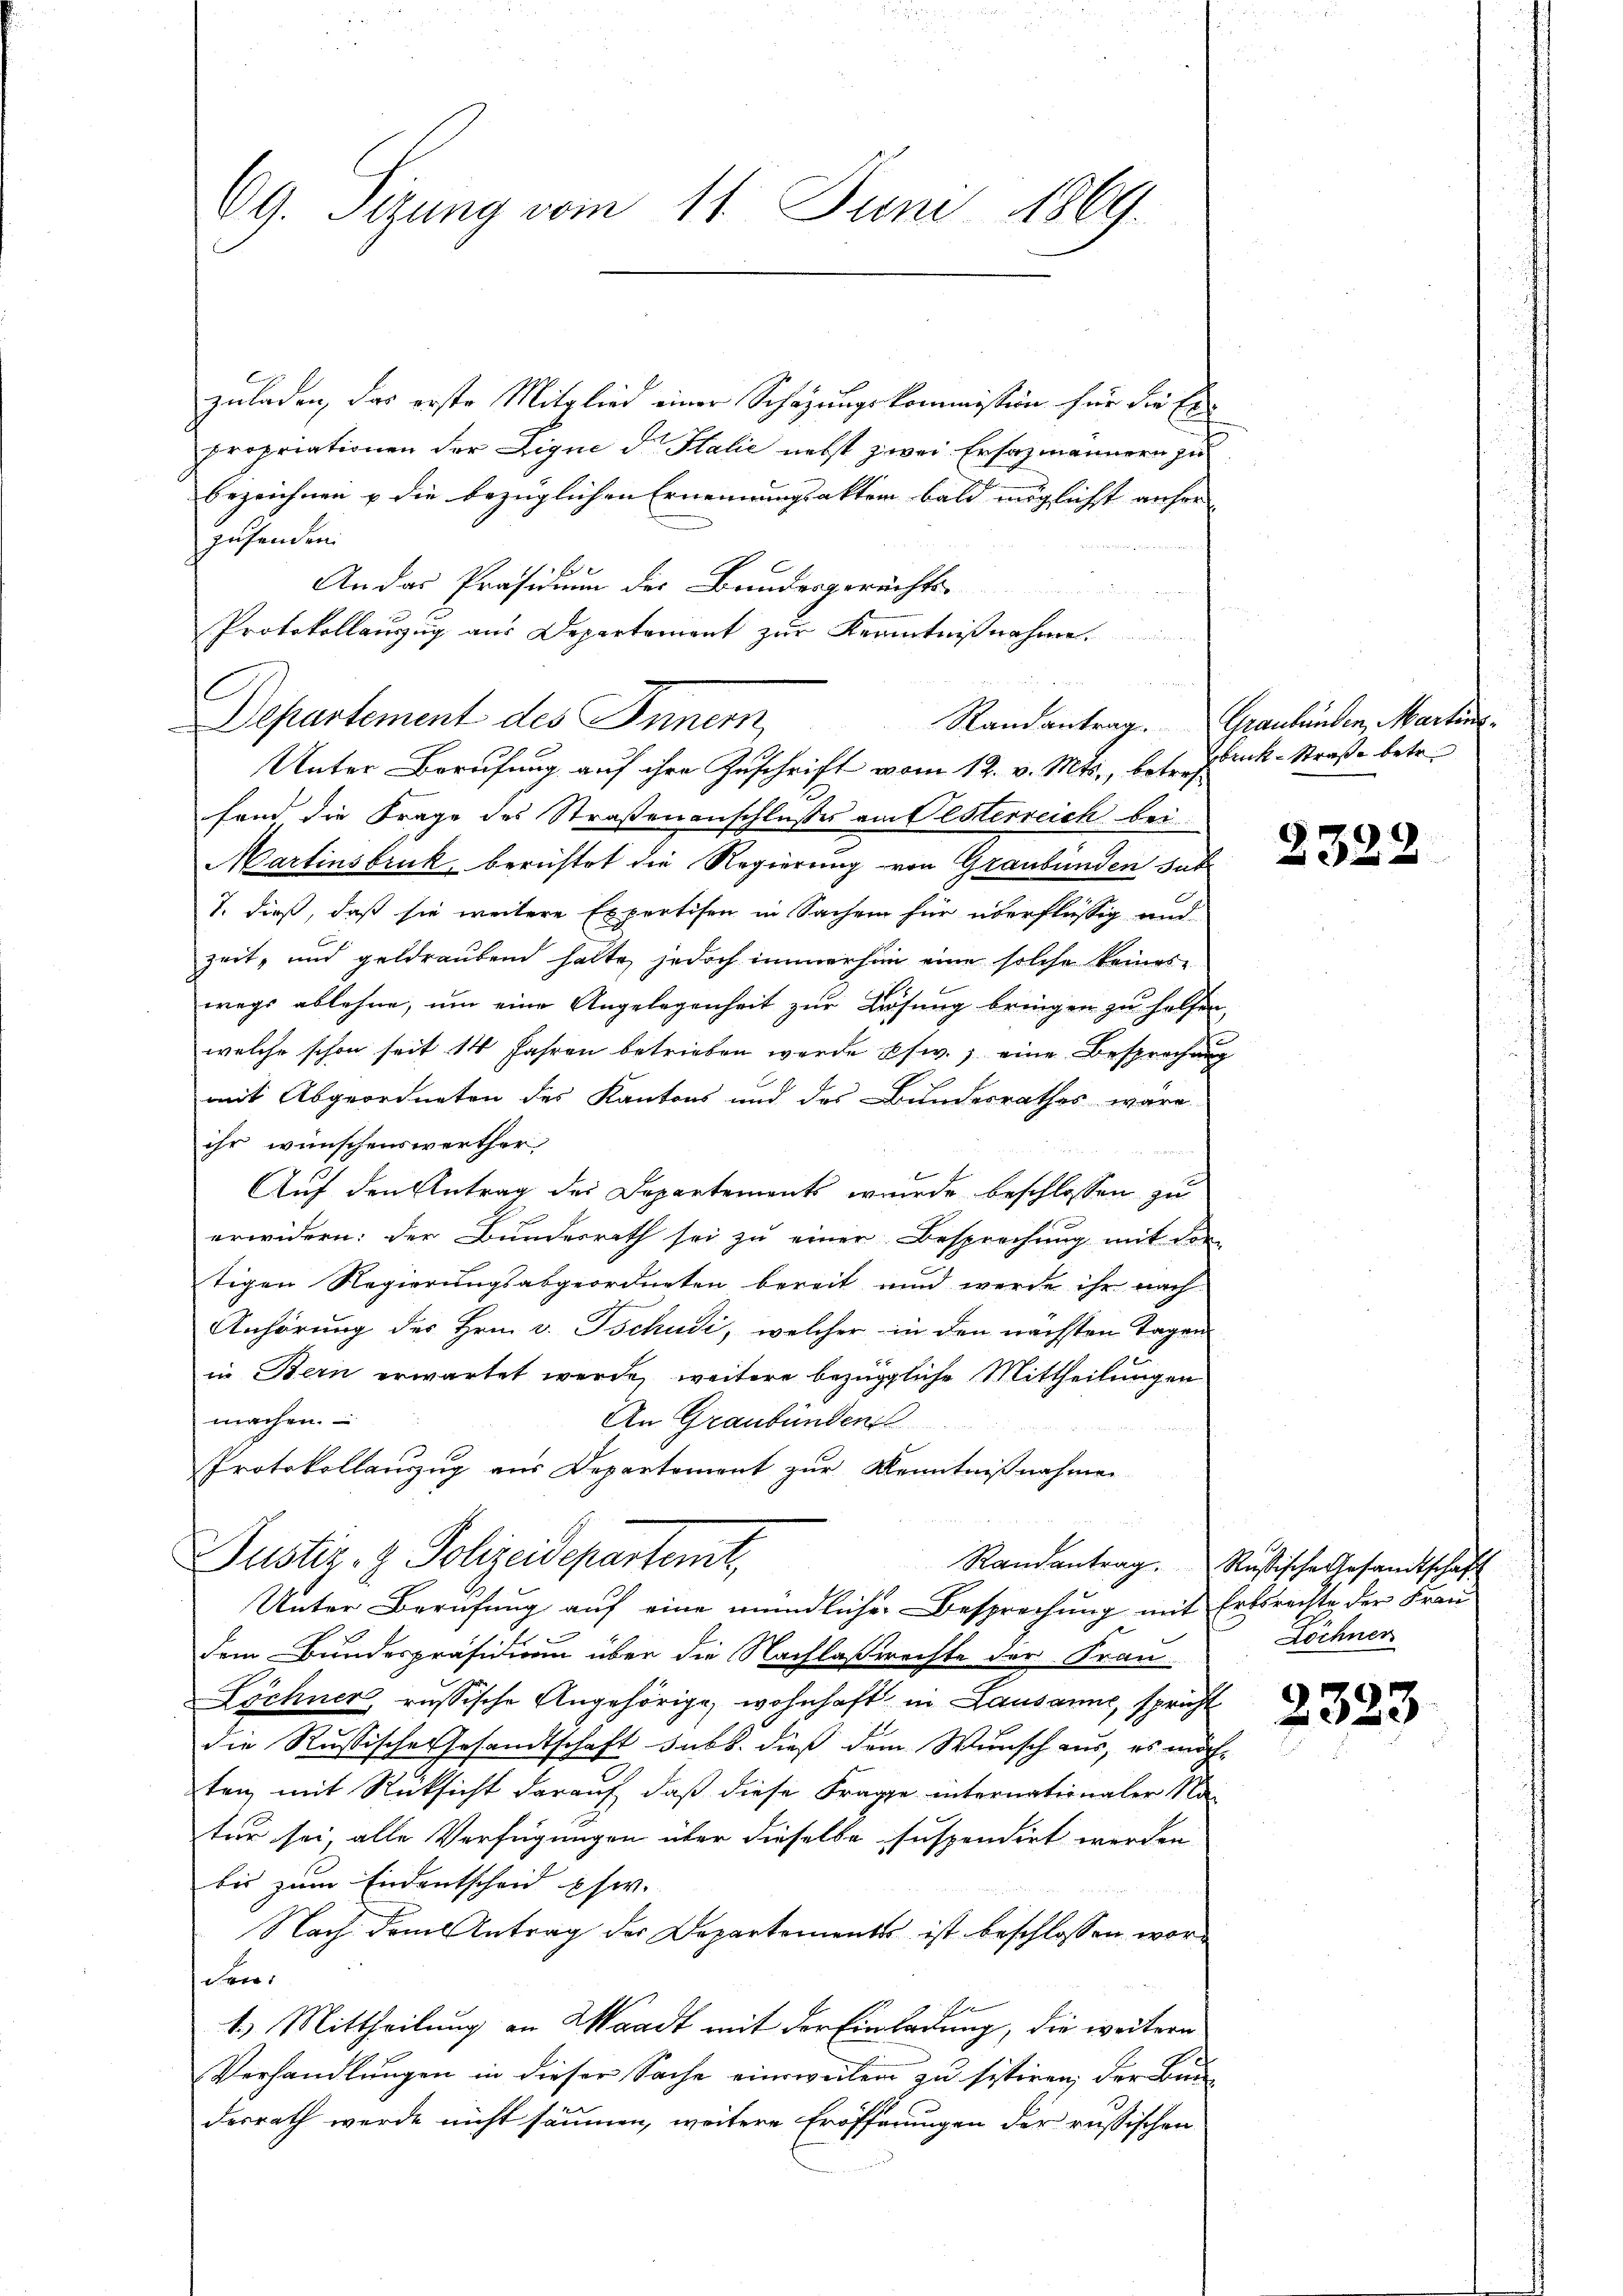
69. Sizung vom 11. Juni 1869.

zuladen, das erste Mitglied einer Schazungskommission für die Erpropriationen der Lique d. Talić nebst zwei Ersatzmännern zu
bezeichnen u die bezüglichen Ernennungsakter bald möglichst anher
zusenden.
An das Präsidium der Bandesgerechts-
.
Protokollauszug aus Departement zur Kenntnißnahme

Departement des Innern,
Unter Berufung auf ihre Zuschrift vom 12. v. Mts., betreffand die Frage des Straßenanschlusses am Oesterreich bei
Martinsbruk berichtet die Regierung von Graubünden sub
7. dieß, daß sie weitere Expertisen in Sachen für überflüssig und
zeit, und geldraubend halte, jedoch immerhin eine solche keineswegs ablehne, um eine Angelegenheit zur Lösung bringen zu helfen,
welche schon seit 14 Jahren betrieben werde pfw., eine Besprechung
.
mit Abgeordneten des Kantons und des Bundesrathes wäre
ihr wünschenswerther,
1944
Auf den Antrag des Departements wurde beschlossen zu
erwidern: der Bundesrath sei zu einer Besprechung mit der
tigen Regierungsabgeordneten bereit und werde ihr nach
Anhörung des Hrn. v. Tschudi, welcher in den nächsten Tagen
in Bern erwartet werde, weitere bezügliche Mittheilungen
machen.
An Graubünden
Protokollauszug aus Departement zur Kenntnißnahmen
Justiz- & Polizeidepartent
Randantrag. Rußische Gesandtschaft
Unter Berufung auf eine mündlicher Besprechung mit Erbsrechte der Frau
dem Bundespräsidium über die Nachlaßerachte der Fran¬
Löchner, russische Angehörige, wohnhaft in Lausanne, spricht
die Russische Gesandtschaft subt. dieß dem Wunsch aus, es möchten, mit Rücksicht darauf, daß diese Frage internationaler Na-
tur sei, alle Verfügungen über dieselbe suspendirt werden
bis zum Endentscheid pfw.
Nach dem Antrag der Departements ist beschlossen worc ver
4.) Mittheilung an Waadt mit der Einladung, die weitern
Verhandlungen in dieser Sache einweilen zu sistiren, der Bun
desrath werde nicht säumen, weitere Eröffnungen der russischen

Randantrag. Graubünden, Martin
Bbruck-Straße betr.

2322

Löchner

2323